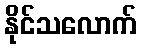
နိုင်သလောက်